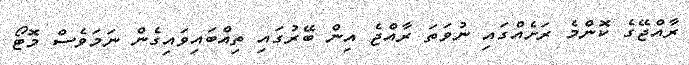
ރާއްޖޭގެ ކޮންމެ ރަށެއްގައި ނުވަތަ ރާއްޖެ އިން ބޭރުގައި ތިއްބައިވައިގެން ނަމަވެސް މޮޓޯ